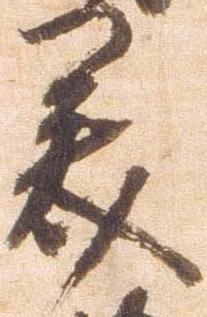
美